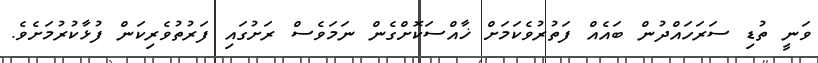
ވަނީ ތުޑި ސަރަހައްދުން ބައެއް ފަތުރުވެކަމަށް ޚާއްސަކޮށްގެން ނަމަވެސް ރަށުގައި ފަރުތުވެރިކަން ފުޅާކުރުމަށެވެ.